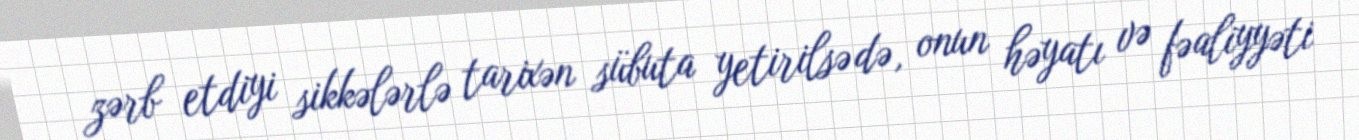
zərb etdiyi sikkələrlə tarixən sübuta yetirilsə də, onun həyatı və fəaliyyəti